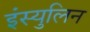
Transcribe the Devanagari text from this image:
इंस्युलिन